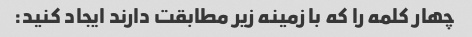
چهار کلمه را که با زمینه زیر مطابقت دارند ایجاد کنید: